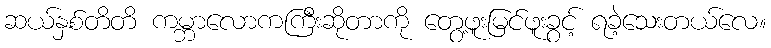
ဆယ်နှစ်တိတိ ကမ္ဘာလောကကြီးဆိုတာကို တွေ့ဖူးမြင်ဖူးခွင့် ရခဲ့သေးတယ်လေ။